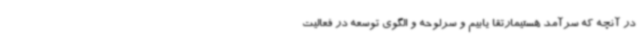
در آنچه که سرآمد هستیمارتقا یابیم و سرلوحه و الگوی توسعه در فعالیت